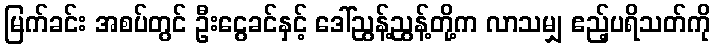
မြက်ခင်း အစပ်တွင် ဦးငွေခင်နှင့် ဒေါ်ညွန့်ညွန့်တို့က လာသမျှ ဧည့်ပရိသတ်ကို